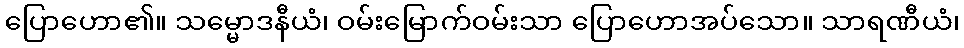
ပြောဟော၏။ သမ္မောဒနီယံ၊ ဝမ်းမြောက်ဝမ်းသာ ပြောဟောအပ်သော။ သာရဏီယံ၊